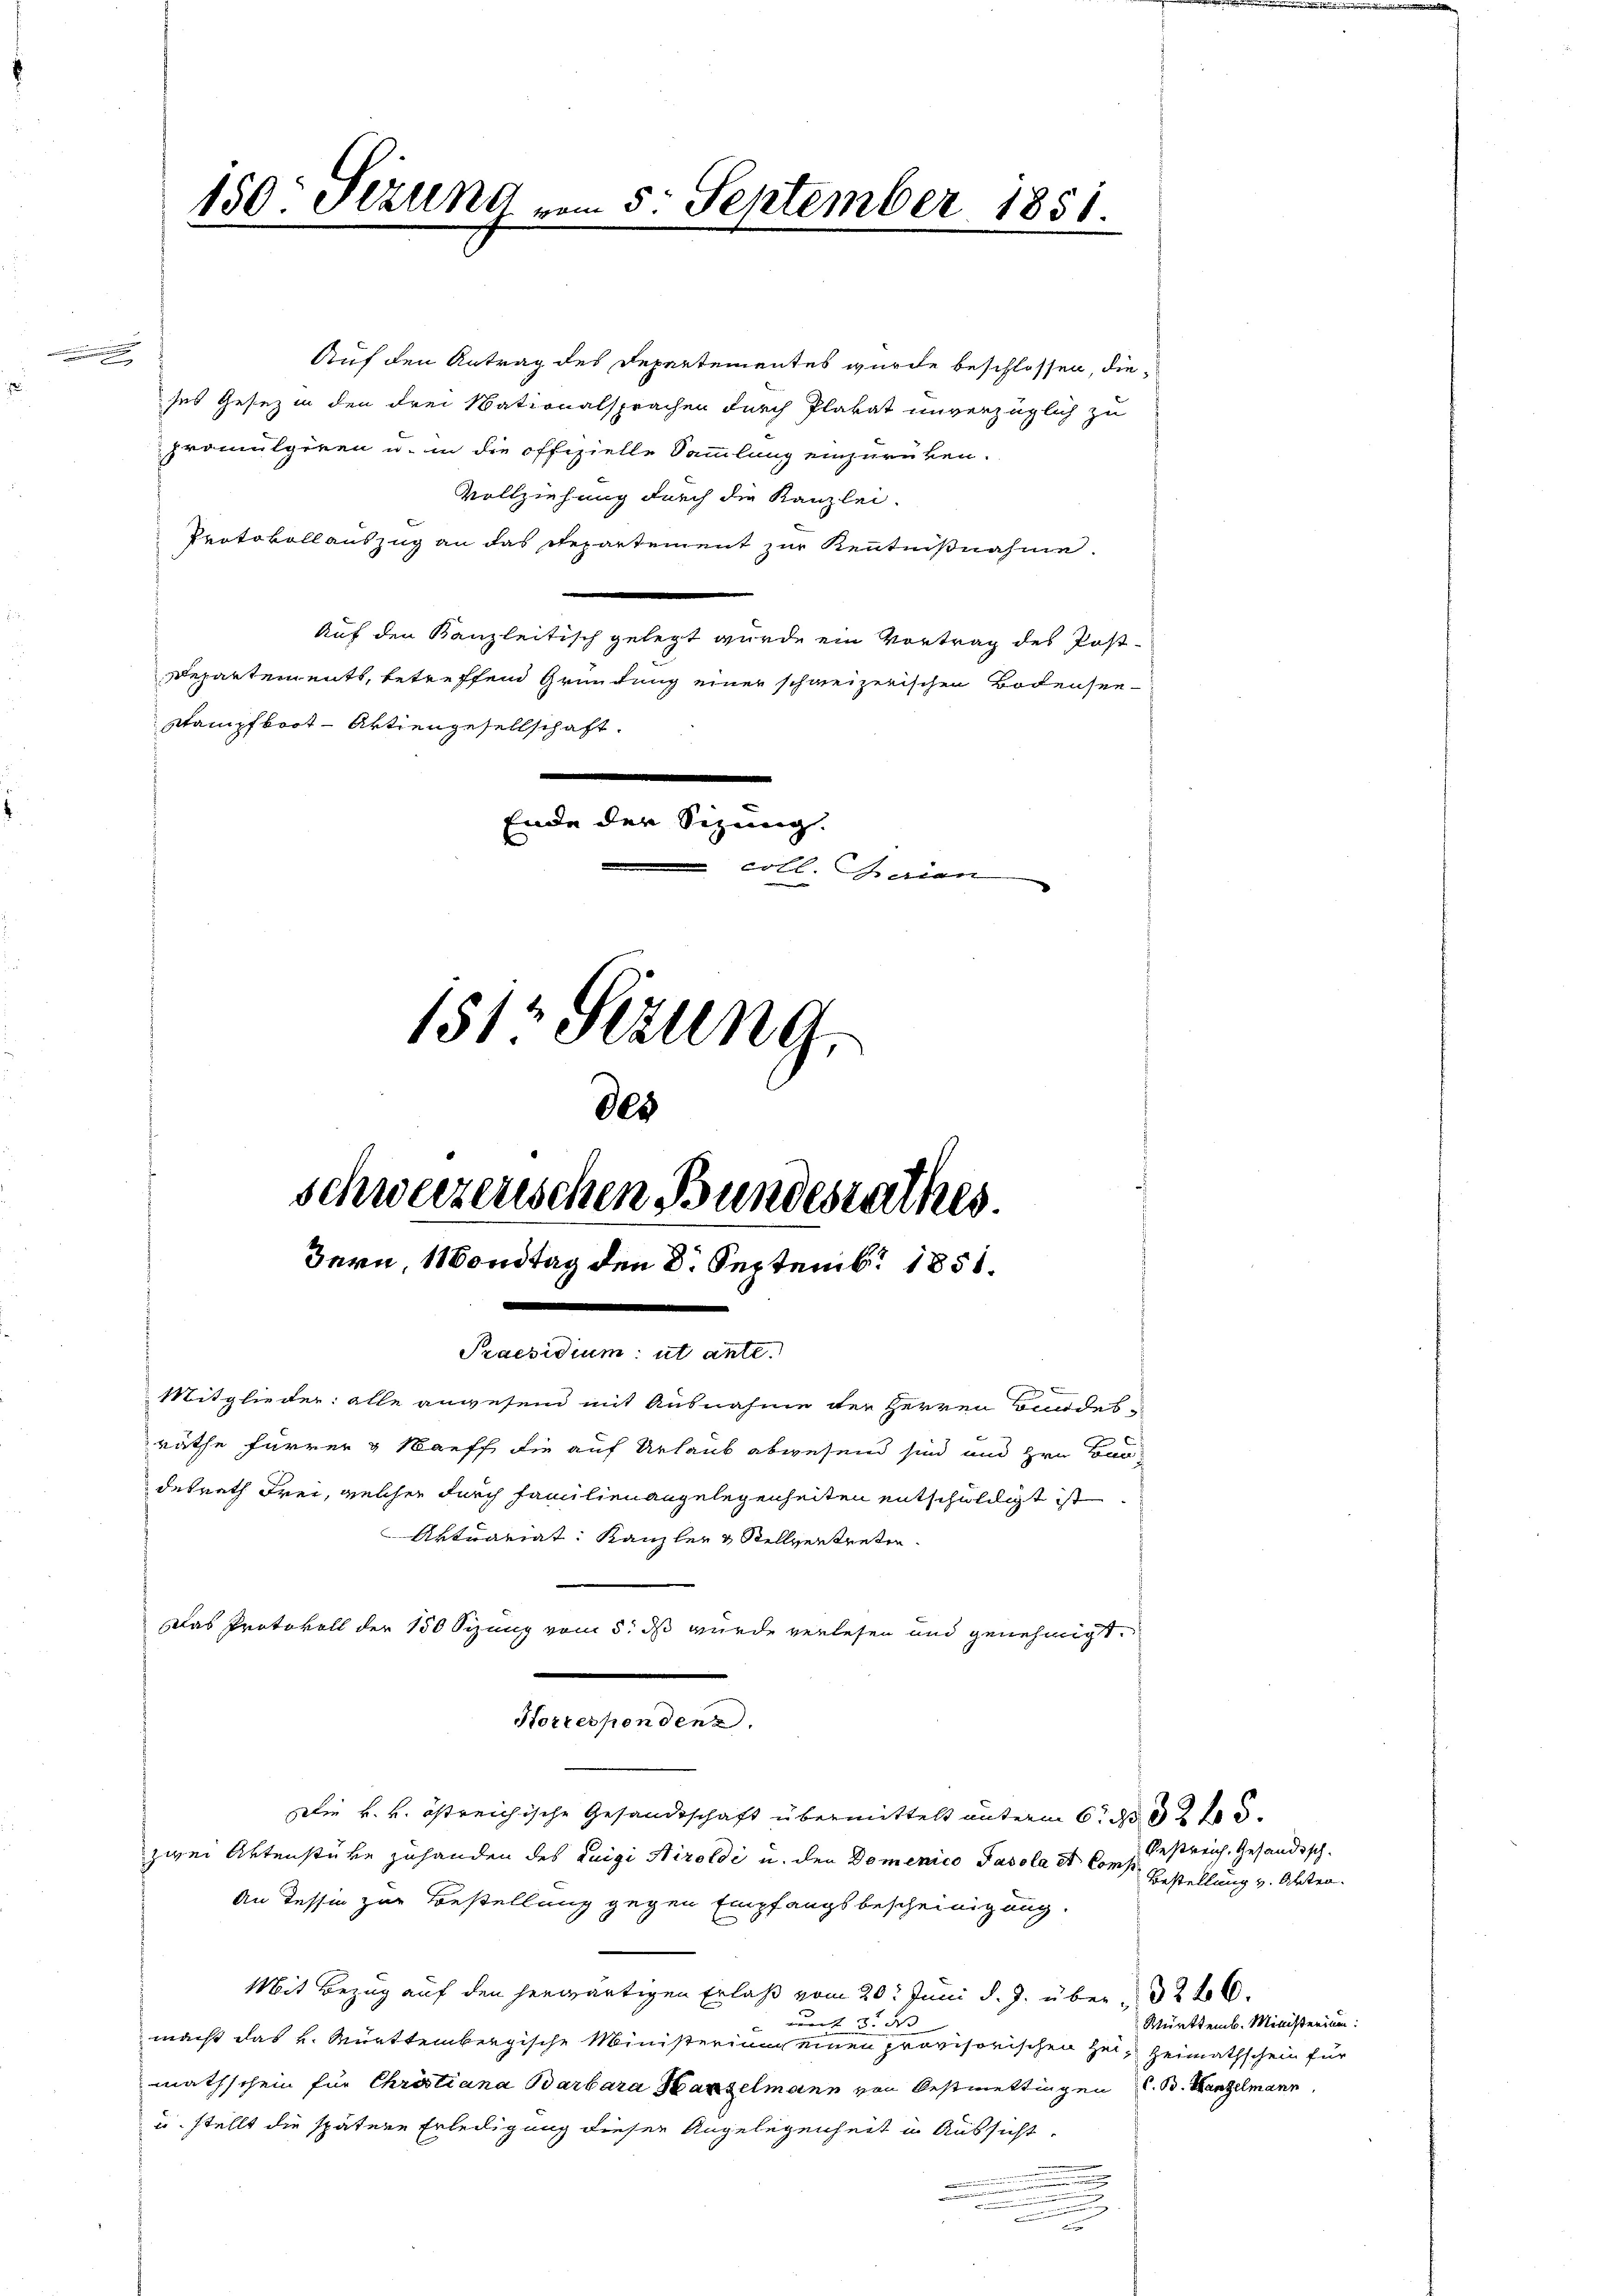
.

Auf den Antrag des Departementes wurde beschlossen, dieses Gesez in den drei Nationalsprachen durch Plakat unverzüglich zu
promulgiren u. in die offizielle Sammlung einzurücken.
Vollziehung durch die Kanzlei-
Protokollauszug an das Repartement zur Kenntnißnahme.
Auf den Kanzleitisch gelegt wurde ein Vortrag des Post-
Repartements, betreffend Gründung einer schweizerischen Bodensee¬
Stampfboot - Aktiengesellschaft.
.
Ende der Sizung.
coll. Gren

150: Sizung vom 5. September 1851.

1812 Stzung
des
schweizerischen Bundesrathes.
Bern, Mondtag den 8. Septemb. 1851.

Praesidium ut ante.

Die k. k. östreichische Gesandtschaft übermittelt unterm 6. d. 2
zwei Aktenstüke zuhanden des Luigi Airoldi u. der Domenico Pasola et Comp
An Tessin zur Bestellung gegen Empfangsbescheinigung.
Mit Bezug auf den herwärtigen Erlaß vom 20. Juni d. J. über 326.
 n 3. dass
macht das v. Mürttembergische Ministerium einen provisorischen Zeit Heimathschein für
mathschein für Christiana Barbara Harzelmann von Oestmettingen d. B. Hinzelmann
u. stellt die spätere Erledigung dieser Angelegenheit in Aussicht,
.
n
u

Horrespondenz.

Mitglieder: alle anwesend mit Ausnahme der Herren Bundes
räthe fürrer & Stauff die auf Urlaub abwesend sind und zu Bardesrath Frei, welcher durch Familienangelegenheiten entschuldigt ist.
Aktuariat: Kanzler & Stellvertreten
Das Protokoll der 150 Sizung vom 5. ds wurde verlesen und genehmigt.

Oestreich, Gesandisch-
Bestellung v. Akten.

Württemb. Ministerium